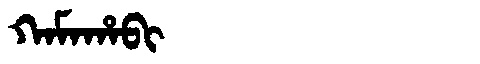
Manchu: ᡴᠠᠮᠠᡥᠠᠪᡳ
Romanization: KAMAHABI